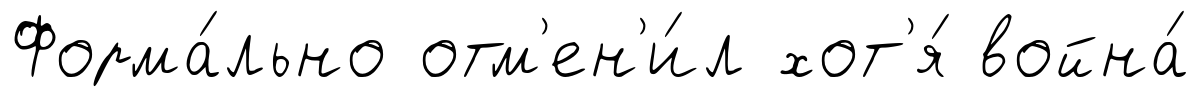
Форма́льно отм'ен'и́л хот'я́ война́